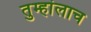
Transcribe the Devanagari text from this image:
तुम्हांलाच